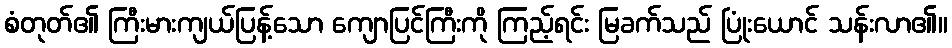
စံတုတ်၏ ကြီးမားကျယ်ပြန့်သော ကျောပြင်ကြီးကို ကြည့်ရင်း မြခက်သည် ပြုံးယောင် သန်းလာ၏။